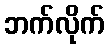
ဘက်လိုက်